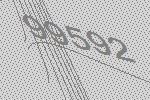
99592